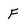
Character: f